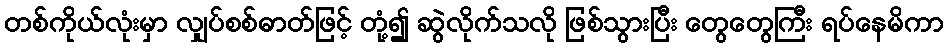
တစ်ကိုယ်လုံးမှာ လျှပ်စစ်ဓာတ်ဖြင့် တုံ့၍ ဆွဲလိုက်သလို ဖြစ်သွားပြီး တွေတွေကြီး ရပ်နေမိကာ